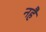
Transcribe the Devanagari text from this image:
नहै